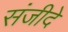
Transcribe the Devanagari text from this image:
संजीदे